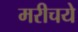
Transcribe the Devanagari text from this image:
मरीचये